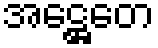
အဋ္ဌေတေ